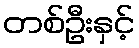
တစ်ဦးနှင့်